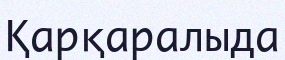
Қарқаралыда